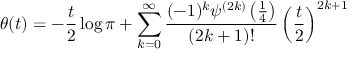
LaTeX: \theta ( t ) = - { \frac { t } { 2 } } \log \pi + \sum _ { k = 0 } ^ { \infty } { \frac { ( - 1 ) ^ { k } \psi ^ { ( 2 k ) } \left( { \frac { 1 } { 4 } } \right) } { ( 2 k + 1 ) ! } } \left( { \frac { t } { 2 } } \right) ^ { 2 k + 1 }